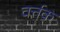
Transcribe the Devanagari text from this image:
वर्त्तक